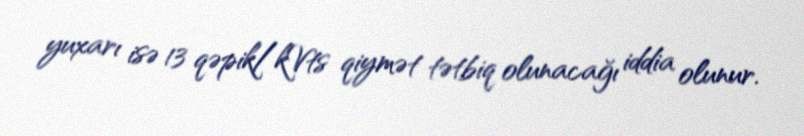
yuxarı isə 13 qəpik/kVts qiymət tətbiq olunacağı iddia olunur.